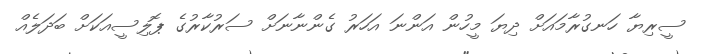
ސީރިޔާ ހަނގުރާމައަށް ދިޔަ މީހުން އަންނަ އަހަރު ގެންނާނަށް ސަރުކާރުގެ ޕޮލިސީއަކަށް ބަދަލެއް